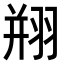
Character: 𦐵